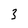
Character: 3